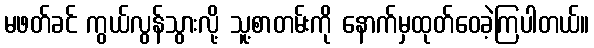
မဖတ်ခင် ကွယ်လွန်သွားလို့ သူ့စာတမ်းကို နောက်မှထုတ်ဝေခဲ့ကြပါတယ်။